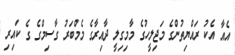
އެއާ އެކު ރައްޔިތުންގެ މަޖިލީހުގެ މާމިގިލީ ދާއިރާގެ މެމްބަރު ގާސިމްގެ ގެ ކައިރި